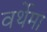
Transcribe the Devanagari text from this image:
वर्थेमा